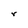
Character: r